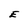
Character: E